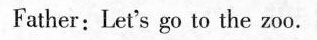
Father: Let's go to the zoo.